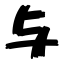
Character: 与